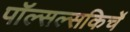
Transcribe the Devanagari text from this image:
पॉल्सल्सकिर्चे